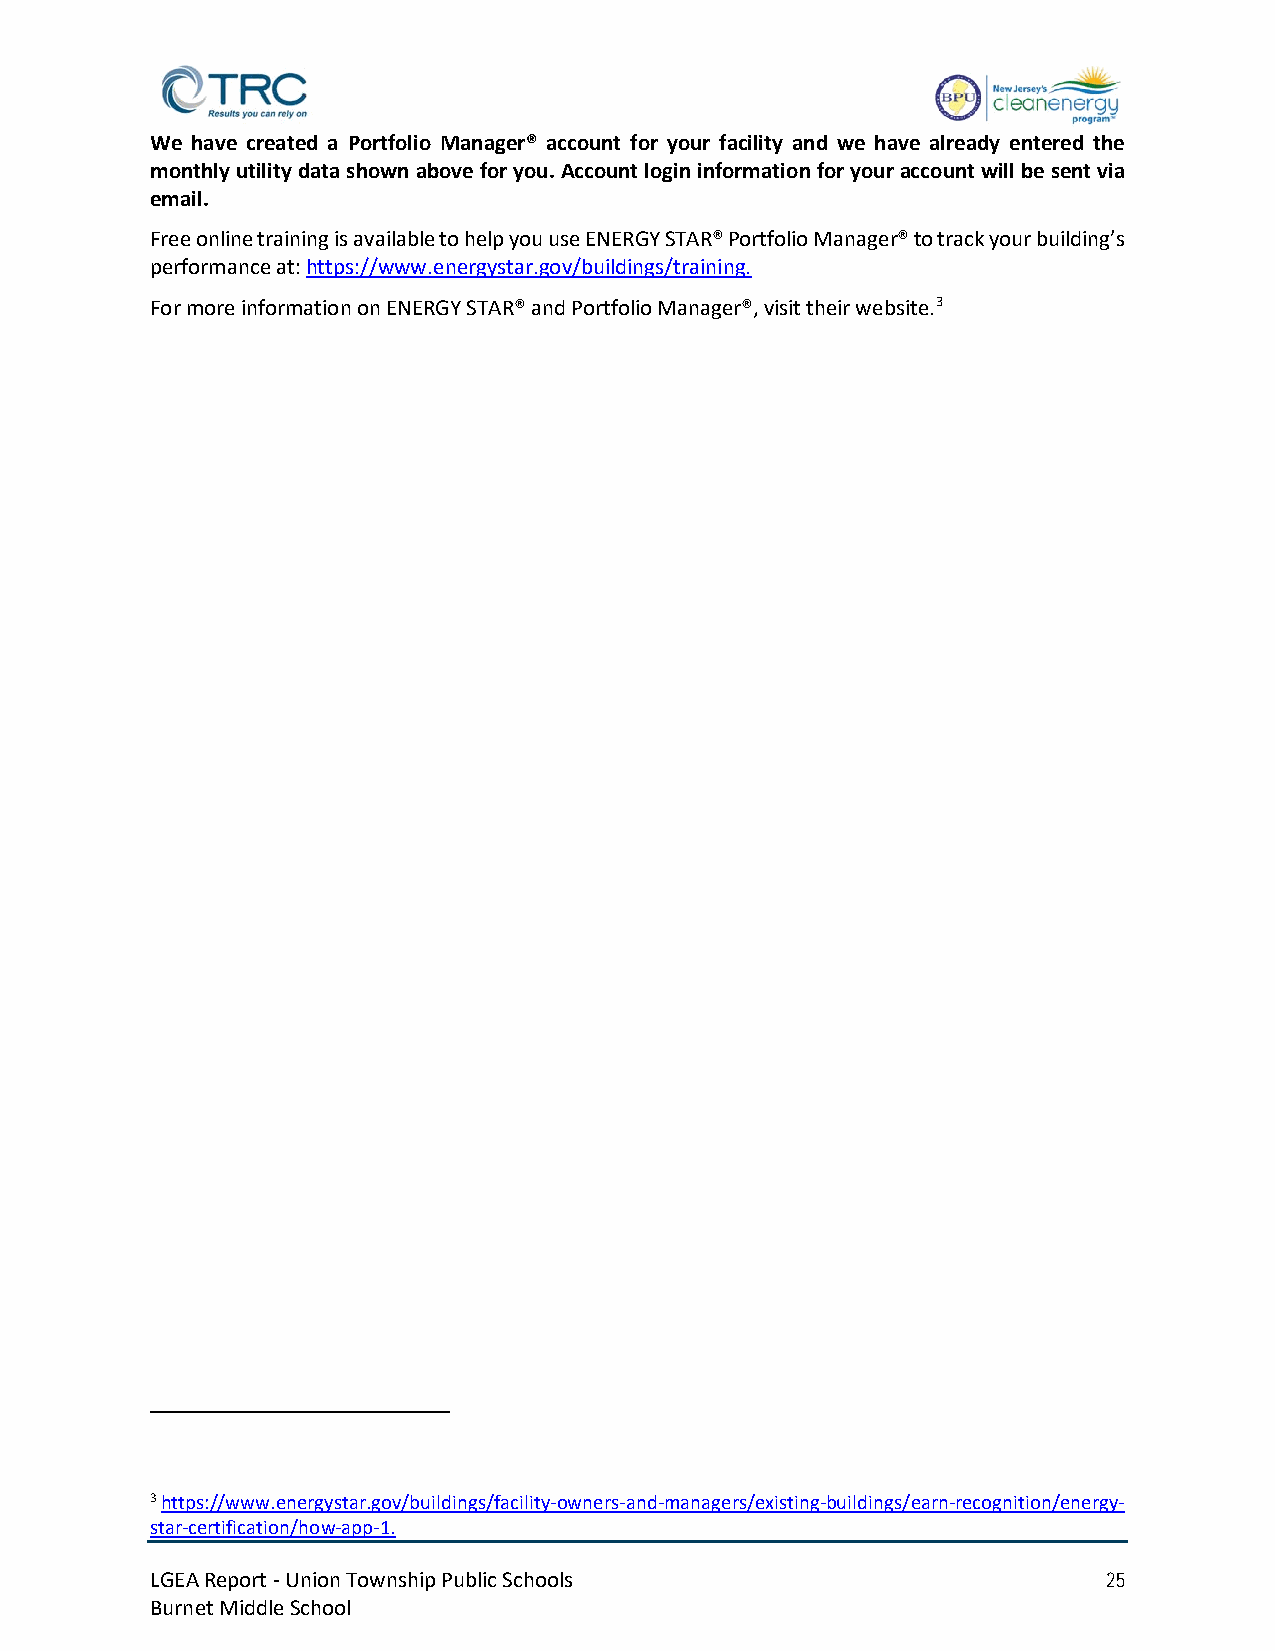
We have created a Portfolio Manager® account for your facility and we have already entered the
 monthly utility data shown above for you. Account login information for your account will be sent via
 email.
 Free online training is available to help you use ENERGY STAR® Portfolio Manager® to track your building’s
 performance at: https://www.energystar.gov/buildings/training.
 For more information on ENERGY STAR® and Portfolio Manager®, visit their website.3
 3 https://www.energystar.gov/buildings/facility-owners-and-managers/existing-buildings/earn-recognition/energy-
 star-certification/how-app-1.
 LGEA Report - Union Township Public Schools                    25
 Burnet Middle School